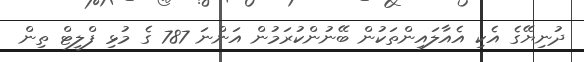
ދުނިޔޭގެ އެކި އެއާލައިންތަކުން ބޭނުންކުރަމުން އަންނަ 787 ގެ މުޅި ފްލީޓް ތިން